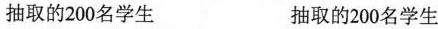
抽取的200名学生 抽取的200名学生